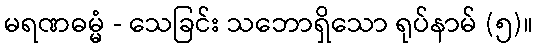
မရဏဓမ္မံ - သေခြင်း သဘောရှိသော ရုပ်နာမ် (၅)။